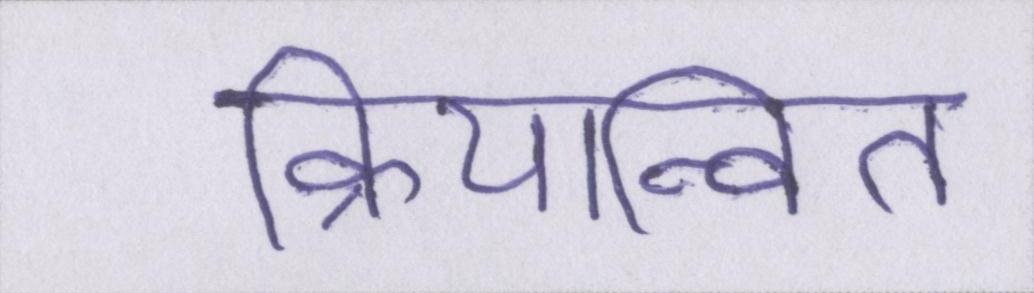
क्रियान्वित